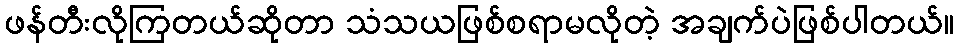
ဖန်တီးလိုကြတယ်ဆိုတာ သံသယဖြစ်စရာမလိုတဲ့ အချက်ပဲဖြစ်ပါတယ်။